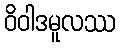
ဝိဝါဒမူလဿ